Riigikantselei, lk 59
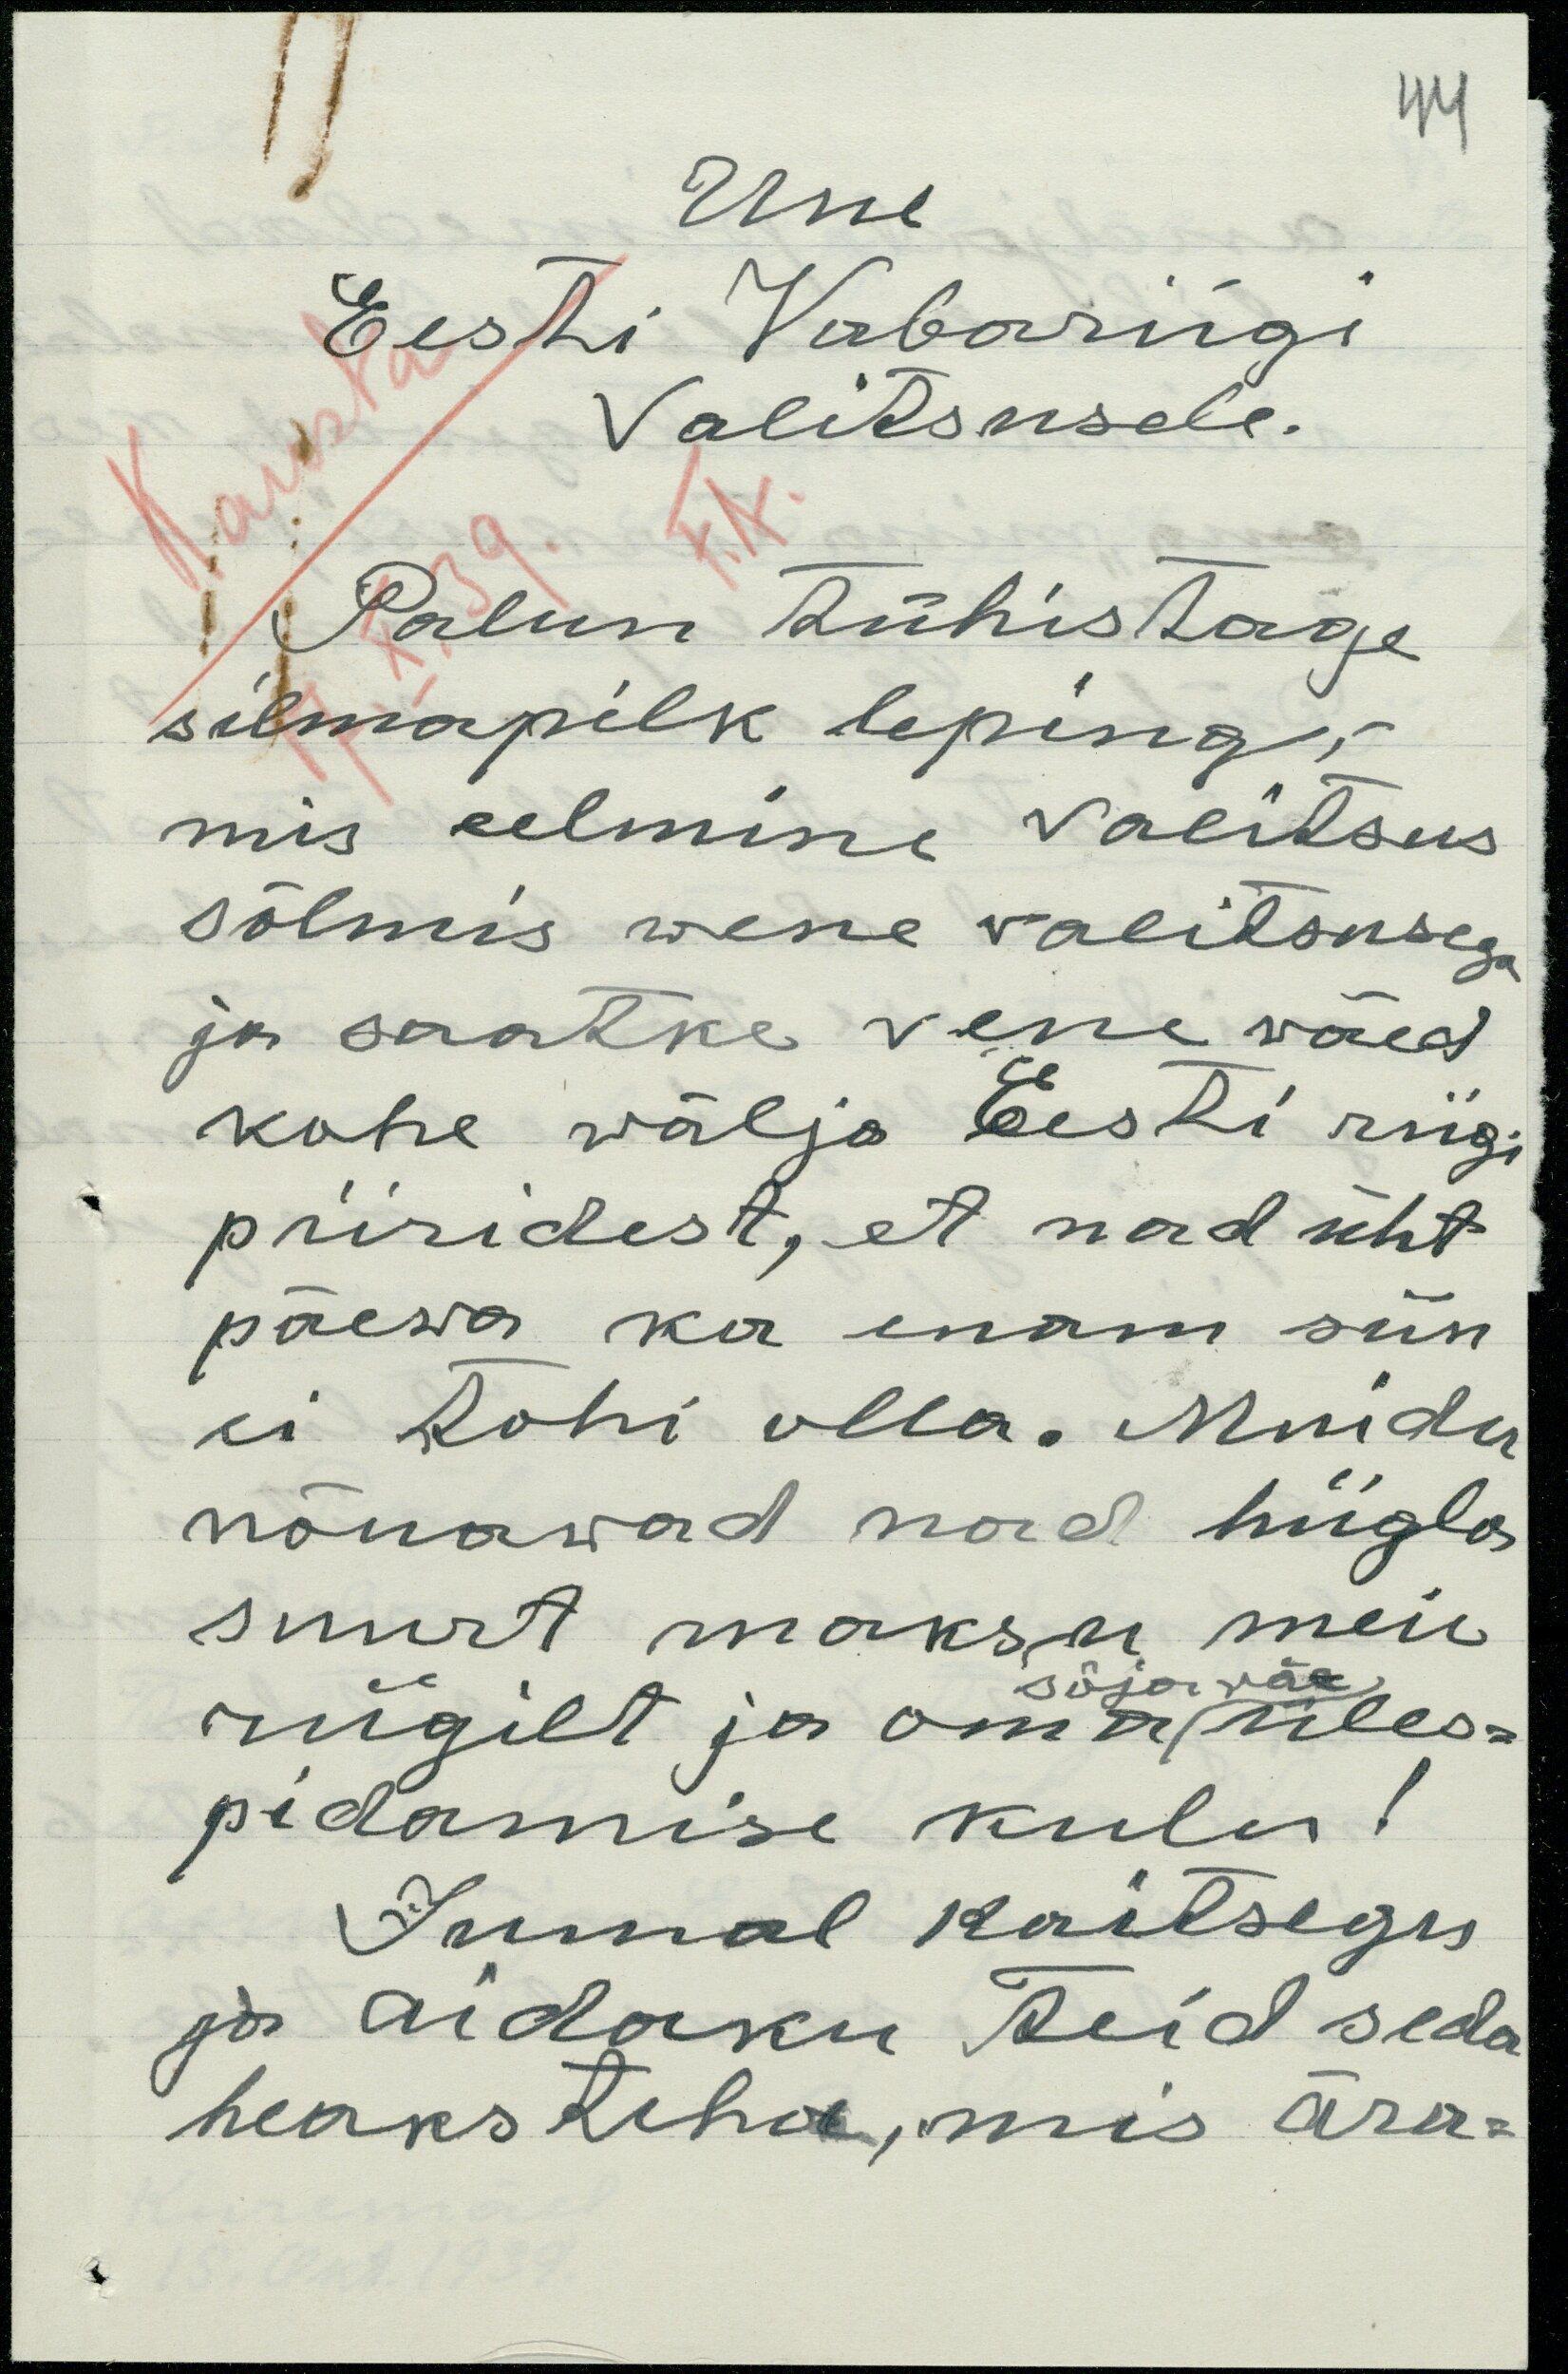
Uue
Eesti Vabariigi
Valitsusele.
Palun tühistage
silmapilk leping;
mis eelmine Valitsus
sõlmis wene valitsusega
ja saatke vene väed
kohe välja Eesti riigi
piiridest, et nad üht
päewa ka enam siin
ei tohi olla. Muidu
nõuawad nad hiigla
suurt maksu meie
sõja väe
riigilt ja oma üles-
pidamise kulu!
Jumal kaitsegu
ja aidaku Teid seda
heaks teha, mis ära-